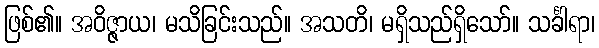
ဖြစ်၏။ အဝိဇ္ဇာယ၊ မသိခြင်းသည်။ အသတိ၊ မရှိသည်ရှိသော်။ သင်္ခါရာ၊